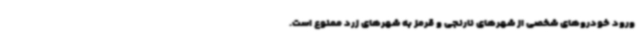
ورود خودروهای شخصی از شهرهای نارنجی و قرمز به شهرهای زرد ممنوع است.